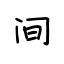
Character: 间